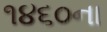
૧૪૬૦ના